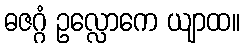
ဓဇဂ္ဂံ ဥလ္လောကေ ယျာထ။